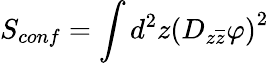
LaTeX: S_{conf}=\int d^{2}z\left(D_{z\overline{{{z}}}}\varphi\right)^{2}